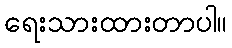
ရေးသားထားတာပါ။